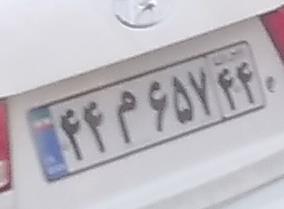
۴۴م۶۵۷۴۴